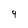
Character: 9